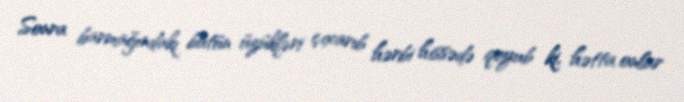
Sonra barmağındakı bütün üzükləri çıxarıb hərbi hissədə qoyub ki, hətta onlar